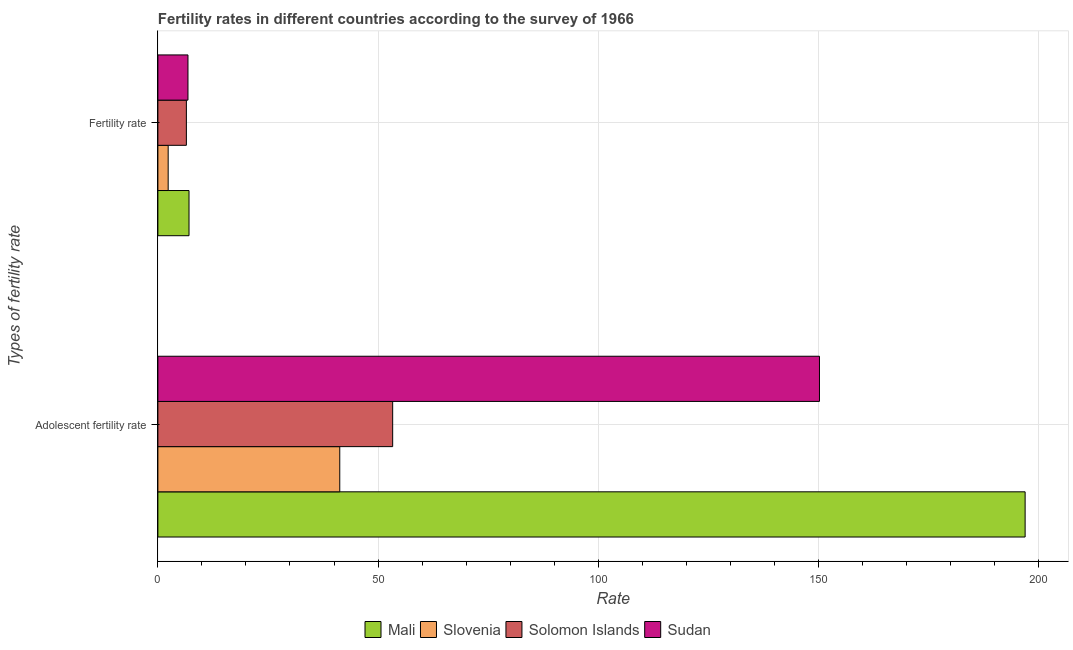
| Types of fertility rate | Mali | Slovenia | Solomon Islands | Sudan |
 | --- | --- | --- | --- | --- |
 | Adolescent fertility rate | 197 | 41.3 | 53.3 | 150 |
 | Fertility rate | 7.07 | 2.34 | 6.47 | 6.83 |